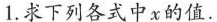
1.求下列各式中x的值.